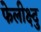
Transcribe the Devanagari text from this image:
फेलीक्ष्दु